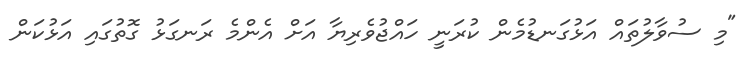
"މި ސުވާލުތައް އަޅުގަނޑުމެން ކުރަނީ ހައްޖުވެރިޔާ އަށް އެންމެ ރަނގަޅު ގޮތުގައި އަޅުކަން